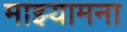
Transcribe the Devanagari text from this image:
माझ्यामना